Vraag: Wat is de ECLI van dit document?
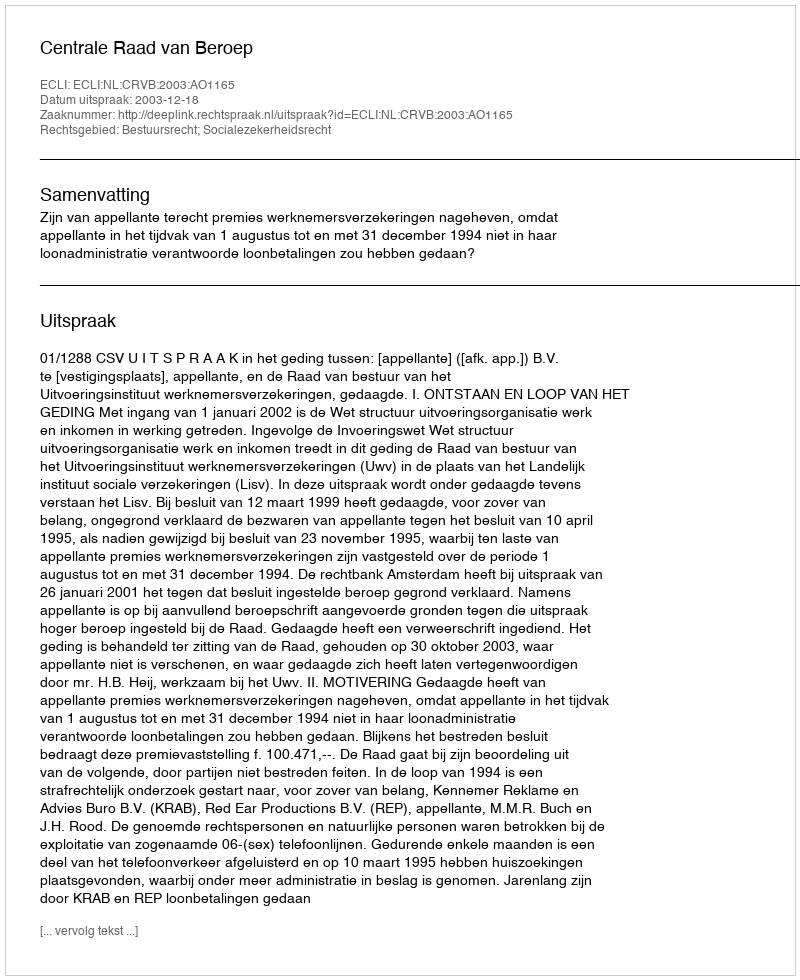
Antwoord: ECLI:NL:CRVB:2003:AO1165